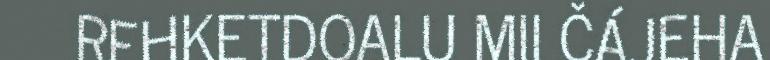
REHKETDOALU MII ČÁJEHA